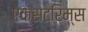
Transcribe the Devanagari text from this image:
एक्सट्रिम्स